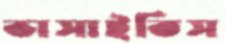
ভাসাইতিস